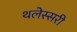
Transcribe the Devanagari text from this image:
थलेस्सरी